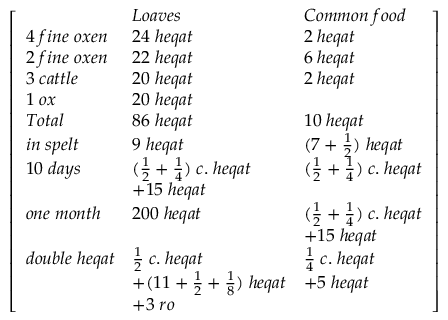
{ \left[ \begin{array} { l l l } & { L o a v e s } & { C o m m o n \; f o o d } \\ { 4 \; f i n e \; o x e n } & { 2 4 \; h e q a t } & { 2 \; h e q a t } \\ { 2 \; f i n e \; o x e n } & { 2 2 \; h e q a t } & { 6 \; h e q a t } \\ { 3 \; c a t t l e } & { 2 0 \; h e q a t } & { 2 \; h e q a t } \\ { 1 \; o x } & { 2 0 \; h e q a t } & \\ { T o t a l } & { 8 6 \; h e q a t } & { 1 0 \; h e q a t } \\ { i n \; s p e l t } & { 9 \; h e q a t } & { ( 7 + { \frac { 1 } { 2 } } ) \; h e q a t } \\ { 1 0 \; d a y s } & { ( { \frac { 1 } { 2 } } + { \frac { 1 } { 4 } } ) \; c . \; h e q a t } & { ( { \frac { 1 } { 2 } } + { \frac { 1 } { 4 } } ) \; c . \; h e q a t } \\ & { + 1 5 \; h e q a t } & \\ { o n e \; m o n t h } & { 2 0 0 \; h e q a t } & { ( { \frac { 1 } { 2 } } + { \frac { 1 } { 4 } } ) \; c . \; h e q a t } \\ & & { + 1 5 \; h e q a t } \\ { d o u b l e \; h e q a t } & { { \frac { 1 } { 2 } } \; c . \; h e q a t } & { { \frac { 1 } { 4 } } \; c . \; h e q a t } \\ & { + ( 1 1 + { \frac { 1 } { 2 } } + { \frac { 1 } { 8 } } ) \; h e q a t } & { + 5 \; h e q a t } \\ & { + 3 \; r o } & \end{array} \right] }